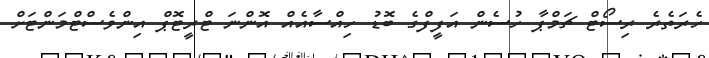
ހެރަތެރެ ރިސޯޓް ޗަމްޕާ ހުސެން އަފީފްގެ ބޮޑު ހިއްސާއެއް އޮންނަ ޓްރީޓޮޕް އިންވެސްޓްމަންޓަށް